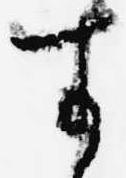
す